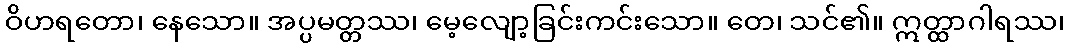
ဝိဟရတော၊ နေသော။ အပ္ပမတ္တဿ၊ မေ့လျော့ခြင်းကင်းသော။ တေ၊ သင်၏။ ဣတ္ထာဂါရဿ၊